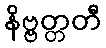
နိဗ္ဗတ္တတီ